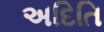
અદિતિ